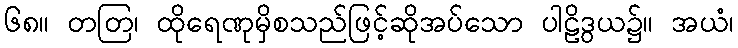
၆၈။ တတြ၊ ထိုရေဏုမှိစသည်ဖြင့်ဆိုအပ်သော ပါဠိဒွယ၌။ အယံ၊